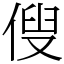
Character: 傁